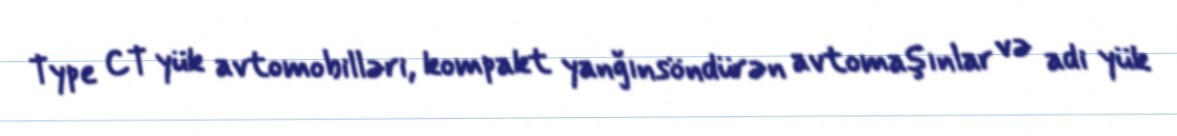
Type CT yük avtomobilləri, kompakt yanğınsöndürən avtomaşınlar və adi yük